Document type: Grant of rights
Year: 1254
Scribe: Jaume de Port
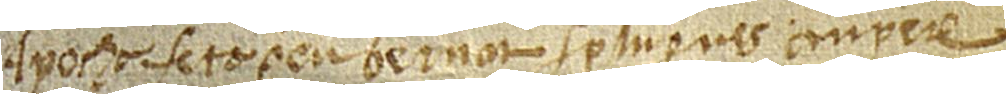
Àpocha feta per en Bernat Splugues a·n Pere